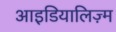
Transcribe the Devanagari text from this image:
आइडियालिज़्म